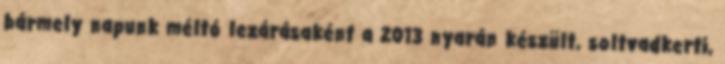
bármely napunk méltó lezárásaként a 2013 nyarán készült, soltvadkerti,